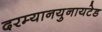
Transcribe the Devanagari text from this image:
दरम्यानयुनायटेड